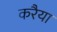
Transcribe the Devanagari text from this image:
करैया